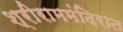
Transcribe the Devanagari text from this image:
श्रीराममंदिरात